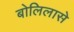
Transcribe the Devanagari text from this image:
बोलिलासे